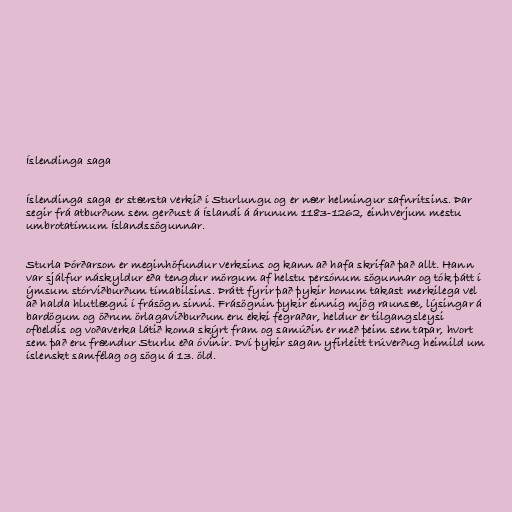
Íslendinga saga

Íslendinga saga er stærsta verkið í Sturlungu og er nær helmingur safnritsins. Þar
segir frá atburðum sem gerðust á Íslandi á árunum 1183-1262, einhverjum mestu
umbrotatímum Íslandssögunnar.

Sturla Þórðarson er meginhöfundur verksins og kann að hafa skrifað það allt. Hann
var sjálfur náskyldur eða tengdur mörgum af helstu persónum sögunnar og tók þátt í
ýmsum stórviðburðum tímabilsins. Þrátt fyrir það þykir honum takast merkilega vel
að halda hlutlægni í frásögn sinni. Frásögnin þykir einnig mjög raunsæ, lýsingar á
bardögum og öðrum örlagaviðburðum eru ekki fegraðar, heldur er tilgangsleysi
ofbeldis og voðaverka látið koma skýrt fram og samúðin er með þeim sem tapar, hvort
sem það eru frændur Sturlu eða óvinir. Því þykir sagan yfirleitt trúverðug heimild um
íslenskt samfélag og sögu á 13. öld.